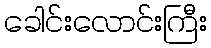
ခေါင်းလောင်းကြီး